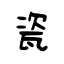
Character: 瓷